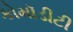
કોમૉડીટી